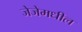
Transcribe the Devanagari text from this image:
जेजेमधील